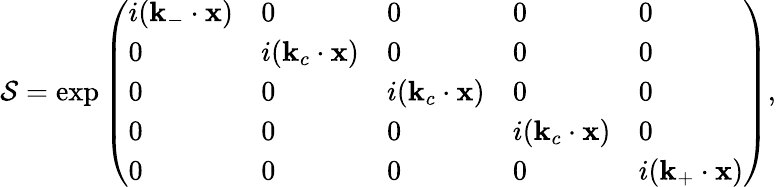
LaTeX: \mathcal{S}=\exp{\left(\begin{array}{lllll}{i(\mathbf{k}_{-}\cdot\mathbf{x})}&{0}&{0}&{0}&{0}\\ {0}&{i(\mathbf{k}_{c}\cdot\mathbf{x})}&{0}&{0}&{0}\\ {0}&{0}&{i(\mathbf{k}_{c}\cdot\mathbf{x})}&{0}&{0}\\ {0}&{0}&{0}&{i(\mathbf{k}_{c}\cdot\mathbf{x})}&{0}\\ {0}&{0}&{0}&{0}&{i(\mathbf{k}_{+}\cdot\mathbf{x})}\end{array}\right)},